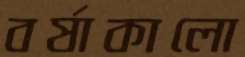
বর্ষাকালো